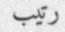
رتيب